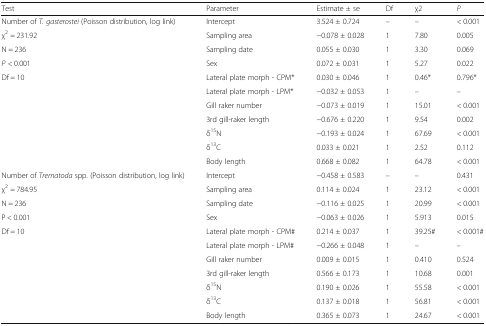
<table><thead><tr><td><b>Test</b></td><td><b>Parameter</b></td><td><b>Estimate ± se</b></td><td><b>Df</b></td><td><b>χ2</b></td><td><b><i>P</i></b></td></tr></thead><tbody><tr><td>Number of <i>T. gasterostei</i> (Poisson distribution, log link)</td><td>Intercept</td><td>3.524 ± 0.724</td><td>–</td><td>–</td><td>&lt; 0.001</td></tr><tr><td>χ<sup>2</sup> = 231.92</td><td>Sampling area</td><td>−0.078 ± 0.028</td><td>1</td><td>7.80</td><td>0.005</td></tr><tr><td>N = 236</td><td>Sampling date</td><td>0.055 ± 0.030</td><td>1</td><td>3.30</td><td>0.069</td></tr><tr><td><i>P</i> &lt; 0.001</td><td>Sex</td><td>0.072 ± 0.031</td><td>1</td><td>5.27</td><td>0.022</td></tr><tr><td>Df = 10</td><td>Lateral plate morph - CPM*</td><td>0.030 ± 0.046</td><td>1</td><td>0.46*</td><td>0.796*</td></tr><tr><td></td><td>Lateral plate morph - LPM*</td><td>−0.032 ± 0.053</td><td>1</td><td>–</td><td>–</td></tr><tr><td></td><td>Gill raker number</td><td>−0.073 ± 0.019</td><td>1</td><td>15.01</td><td>&lt; 0.001</td></tr><tr><td></td><td>3rd gill-raker length</td><td>−0.676 ± 0.220</td><td>1</td><td>9.54</td><td>0.002</td></tr><tr><td></td><td>δ<sup>15</sup>N</td><td>−0.193 ± 0.024</td><td>1</td><td>67.69</td><td>&lt; 0.001</td></tr><tr><td></td><td>δ<sup>13</sup>C</td><td>0.033 ± 0.021</td><td>1</td><td>2.52</td><td>0.112</td></tr><tr><td></td><td>Body length</td><td>0.668 ± 0.082</td><td>1</td><td>64.78</td><td>&lt; 0.001</td></tr><tr><td>Number of <i>Trematoda</i> spp<i>.</i> (Poisson distribution, log link)</td><td>Intercept</td><td>−0.458 ± 0.583</td><td>–</td><td>–</td><td>0.431</td></tr><tr><td>χ<sup>2</sup> = 784.95</td><td>Sampling area</td><td>0.114 ± 0.024</td><td>1</td><td>23.12</td><td>&lt; 0.001</td></tr><tr><td>N = 236</td><td>Sampling date</td><td>−0.116 ± 0.025</td><td>1</td><td>20.99</td><td>&lt; 0.001</td></tr><tr><td>P &lt; 0.001</td><td>Sex</td><td>−0.063 ± 0.026</td><td>1</td><td>5.913</td><td>0.015</td></tr><tr><td>Df = 10</td><td>Lateral plate morph - CPM#</td><td>0.214 ± 0.037</td><td>1</td><td>39.25#</td><td>&lt; 0.001#</td></tr><tr><td></td><td>Lateral plate morph - LPM#</td><td>−0.266 ± 0.048</td><td>1</td><td>–</td><td>–</td></tr><tr><td></td><td>Gill raker number</td><td>0.009 ± 0.015</td><td>1</td><td>0.410</td><td>0.524</td></tr><tr><td></td><td>3rd gill-raker length</td><td>0.566 ± 0.173</td><td>1</td><td>10.68</td><td>0.001</td></tr><tr><td></td><td>δ<sup>15</sup>N</td><td>0.190 ± 0.026</td><td>1</td><td>55.58</td><td>&lt; 0.001</td></tr><tr><td></td><td>δ<sup>13</sup>C</td><td>0.137 ± 0.018</td><td>1</td><td>56.81</td><td>&lt; 0.001</td></tr><tr><td></td><td>Body length</td><td>0.365 ± 0.073</td><td>1</td><td>24.67</td><td>&lt; 0.001</td></tr></tbody></table>